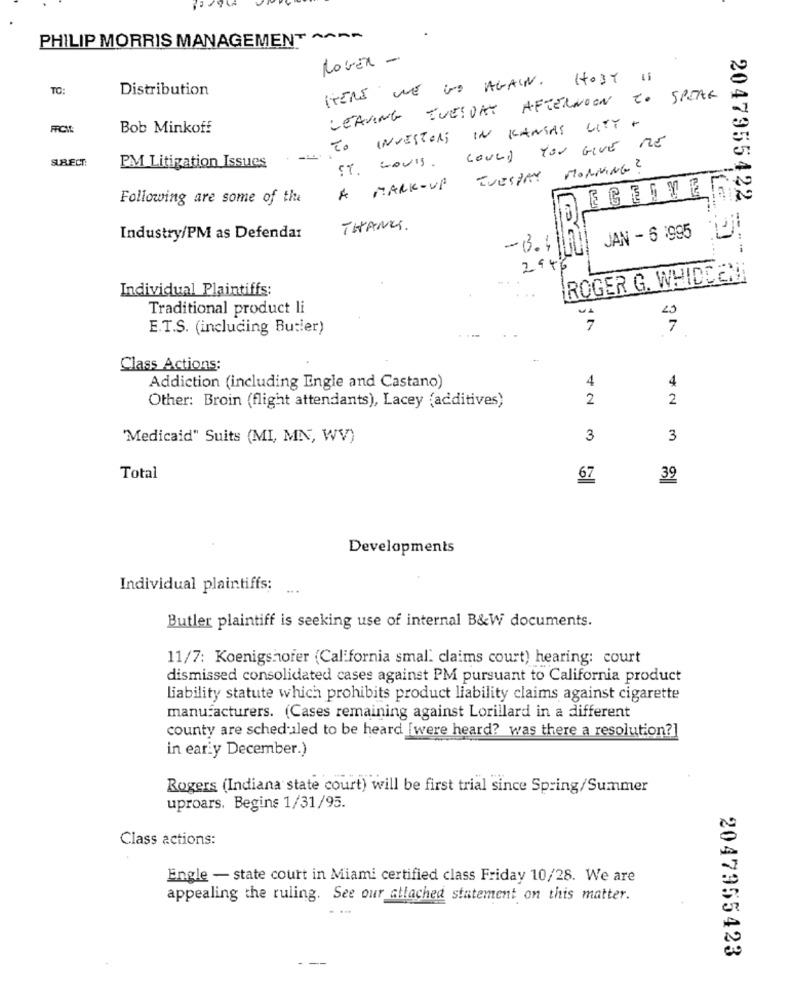
PHILIP MORRIS MANAGEMENT AARP
NowER -
HERE WE GO AGAIN. HOST IS
TO:
Distribution
LEAVING TUESDAY AFTERNOON TO SPEAK
FRCIE
Bob Minkoff
TO INVESTORS IN KANSAS CITY -
ST. LOUIS. COULD YOU GIVE ME
SURECT:
PM Litigation Issues
MORNING ?
TUESDAY
A MARK -UP
Following are some of the
2047955422
THANK.
Industry/PM as Defenda:
JAN - 6 :995
-3.4
2946
ROGER G. WHIDE EN
Individual Plaintiffs:
Traditional product li
E.T.S. (including Butier)
7
Class Actions:
4
Addiction (including Engle and Castano)
4
2
2
Other: Broin (flight attendants), Lacey (additives)
"Medicaid" Suits (MI, MN, WV)
3
3
Total
67
39
Developments
Individual plaintiffs:
Butler plaintiff is seeking use of internal B&W documents.
11/7: Koenigshofer (California smal. claims court) hearing: court
dismissed consolidated cases against PM pursuant to California product
liability statute which prohibits product liability claims against cigarette
manufacturers. (Cases remaining against Lorillard in a different
county are scheduled to be heard [were heard? was there a resolution?]
in eariy December.)
Rogers (Indiana state court) will be first trial since Spring/Summer
uproars. Begins 1/31/95.
Class actions:
Engle - state court in Miami certified class Friday 10/28. We are
appealing the ruling. See our attached statement on this matter.
--
2047955423